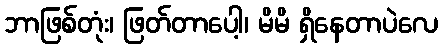
ဘာဖြစ်တုံး၊ ဖြတ်တာပေါ့၊ မိမိ ရှိနေတာပဲလေ